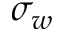
\sigma _ { w }